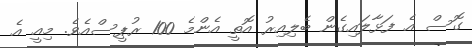
ގޮސް އެ ފަޅާލައިގެން ބެލިއިރު އޮތީ އެންމެ 100 ރުޕީސްއެވެ. މިއީ އެ